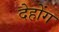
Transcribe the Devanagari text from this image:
देहोंग